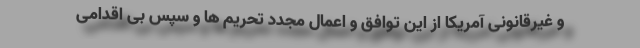
و غیرقانونی آمریکا از این توافق و اعمال مجدد تحریم ها و سپس بی اقدامی